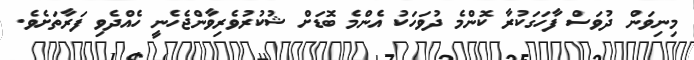
މިނިވަން ދުވަސް ފާހަަގަކުރާ ކޮންމެ ދުވަހަކު އެންމެ ބޮޑަށް ޝުކުރުވެރިވާންޖެހެނީ ހެއްދެވި ފަރާތަށެވެ.